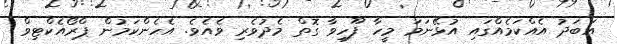
އަބަދު އެއްކަމެއްގައި އުޅޭނަމަ މީހާ ފޫހިވާ ގޮތް މެދުވެރި ވެއެވެ. އެހެންކަމުން ޕްރޯއެކްޓިވް